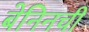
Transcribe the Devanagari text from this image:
बेनिनची